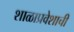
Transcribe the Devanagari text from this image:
शाळाप्रवेशाची